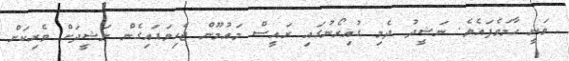
ވަނީ ހާމަވެފައެވެ. ނަޝީދު ދެމި ގުއިރޯނުގައި ރައީސް މައުމޫން ޖެހިވަޑައިގެން ނަޝީދަށް ވެރިކަން